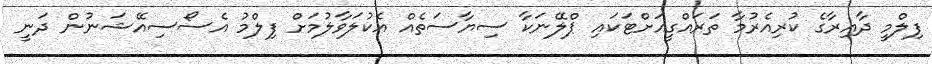
ފިލްމީ ދާއިރާގެ ކުރިއެރުމާ ތަރައްގީއަށްޓަކައި ޕްލޭނަކާ ސިޔާސަތެއް އެކުލަވާލުމަށް ފިލްމު އެސޯސިއޭޝަނުން ދަނީ